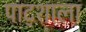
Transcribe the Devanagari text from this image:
पाट्शाला